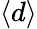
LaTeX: \langle d\rangle